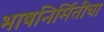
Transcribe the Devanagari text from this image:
भाषनिर्मितीचा